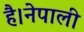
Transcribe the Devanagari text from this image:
है।नेपाली